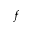
f